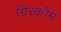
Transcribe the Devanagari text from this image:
ग्रिस्कोम